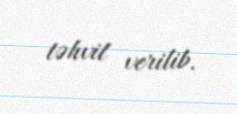
təhvil verilib.